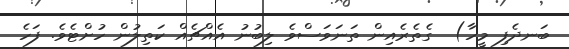
ބަނދެފި މީހާ)  ގެތެރެއިން ތަނަވަސްވެ ލިބުނު އެއްޗެއް ކަތިލުން ހުށްޓެވެ. ފަހެ